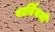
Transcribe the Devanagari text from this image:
पार्य़ियनों